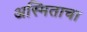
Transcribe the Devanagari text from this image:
अस्मिताचा